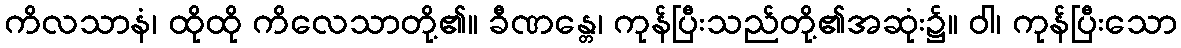
ကိလသာနံ၊ ထိုထို ကိလေသာတို့၏။ ခီဏန္တေ၊ ကုန်ပြီးသည်တို့၏အဆုံး၌။ ဝါ၊ ကုန်ပြီးသော